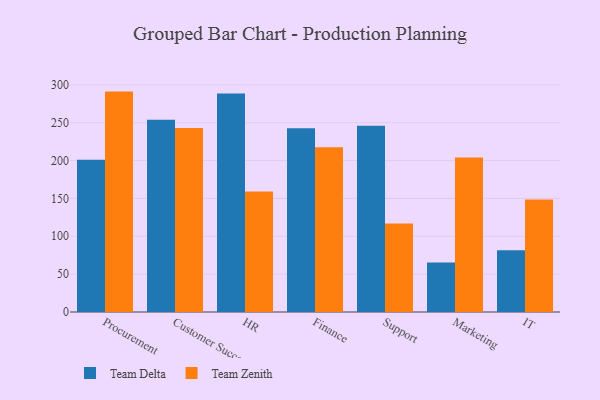
{"axis": {"x": "Department", "y": "Tickets Resolved"}, "legend": ["Team Delta", "Team Zenith"], "data": [{"x": "Procurement", "y": 201.2, "type": "Team Delta"}, {"x": "Procurement", "y": 291.1, "type": "Team Zenith"}, {"x": "Customer Success", "y": 254.0, "type": "Team Delta"}, {"x": "Customer Success", "y": 243.0, "type": "Team Zenith"}, {"x": "HR", "y": 288.7, "type": "Team Delta"}, {"x": "HR", "y": 159.1, "type": "Team Zenith"}, {"x": "Finance", "y": 242.6, "type": "Team Delta"}, {"x": "Finance", "y": 217.5, "type": "Team Zenith"}, {"x": "Support", "y": 245.9, "type": "Team Delta"}, {"x": "Support", "y": 117.0, "type": "Team Zenith"}, {"x": "Marketing", "y": 65.4, "type": "Team Delta"}, {"x": "Marketing", "y": 204.1, "type": "Team Zenith"}, {"x": "IT", "y": 81.6, "type": "Team Delta"}, {"x": "IT", "y": 148.6, "type": "Team Zenith"}]}